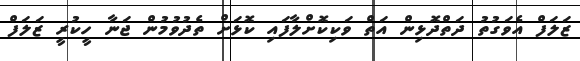
ޒަލަފް އެވަގުތު ދަތްދޮޅިން އަތް ވަކިކޮށްލާފައި ކޮޅަށް ތެދުވުމުން ޖަނާ ހީކުރީ ޒަލަފް